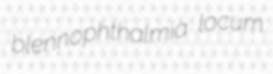
blennophthalmia locum